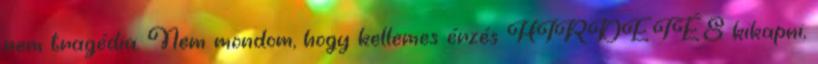
nem tragédia. Nem mondom, hogy kellemes érzés HIRDETÉS kikapni,